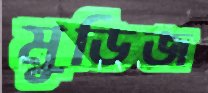
মুডিজ